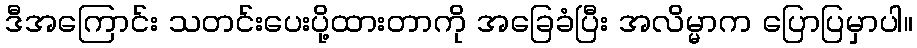
ဒီအကြောင်း သတင်းပေးပို့ထားတာကို အခြေခံပြီး အလိမ္မာက ပြောပြမှာပါ။